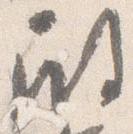
殿